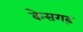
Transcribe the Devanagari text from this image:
केसगढ़